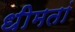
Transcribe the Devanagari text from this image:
धीमतां